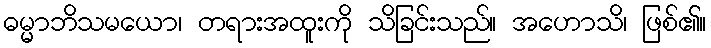
ဓမ္မာဘိသမယော၊ တရားအထူးကို သိခြင်းသည်။ အဟောသိ၊ ဖြစ်၏။